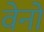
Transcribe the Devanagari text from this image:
वेनों